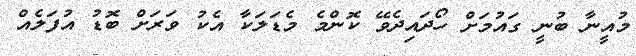
މުއީނާ ބުނީ ގައުމަށް ހޯދައިދެވޭ ކޮންމެ މެޑަލަކާ އެކު ވަރަށް ބޮޑު އުފަލެއް